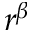
r ^ { \beta }